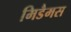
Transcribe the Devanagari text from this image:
मिडैमस